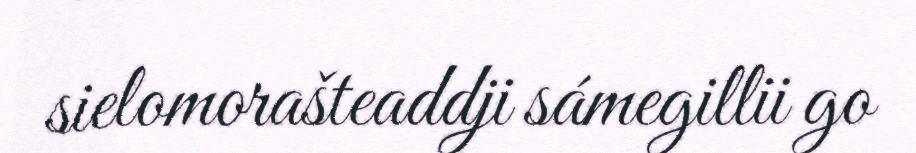
sielomorašteaddji sámegillii go